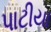
પાટીયા